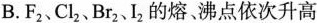
B.F_{2}、Cl_{2}、Br_{2}、I_{2}的熔。沸点依次升高